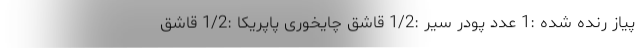
پیاز رنده شده :1 عدد پودر سیر :1/2 قاشق چایخوری پاپریکا :1/2 قاشق